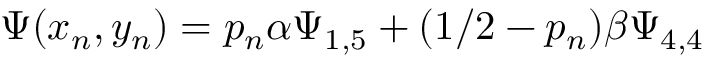
\Psi ( x _ { n } , y _ { n } ) = p _ { n } \alpha \Psi _ { 1 , 5 } + ( 1 / 2 - p _ { n } ) \beta \Psi _ { 4 , 4 }